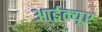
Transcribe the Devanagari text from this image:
आईक्यूए